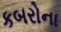
કબરોના